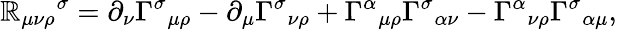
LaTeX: {\mathbb{R}_{\mu\nu\rho}}^{\sigma}=\partial_{\nu}{\Gamma^{\sigma}}_{\mu\rho}-\partial_{\mu}{\Gamma^{\sigma}}_{\nu\rho}+{\Gamma^{\alpha}}_{\mu\rho}{\Gamma^{\sigma}}_{\alpha\nu}-{\Gamma^{\alpha}}_{\nu\rho}{\Gamma^{\sigma}}_{\alpha\mu},